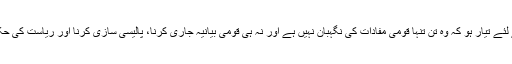
تاہم یہ اسی وقت ممکن ہے جب فوج یہ تسلیم کرنے کے لئے تیار ہو کہ وہ تن تنہا قومی مفادات کی نگہبان نہیں ہے اور نہ ہی قومی بیانیہ جاری کرنا، پالیسی سازی کرنا اور ریاست کی حکمت عملی تیار کرنا فوج کی ذمہ داریوں میں شامل ہے۔